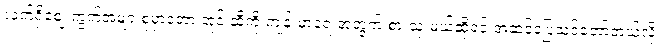
လက်ရှိဈေးကွက်အများစုမှာတော့ အုန်းဆီကို ကျန်းမာရေးအတွက် စားသုံးမယ်ဆိုရင် အဆင်ပြေသင့်တော်တယ်လို့